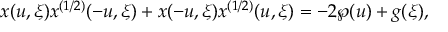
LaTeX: x ( u , \xi ) x ^ { ( 1 / 2 ) } ( - u , \xi ) + x ( - u , \xi ) x ^ { ( 1 / 2 ) } ( u , \xi ) = - 2 \wp ( u ) + g ( \xi ) ,